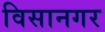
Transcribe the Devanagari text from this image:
विसानगर